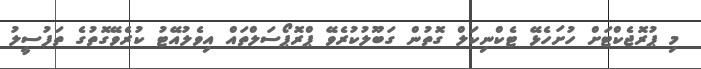
މި ޕުރޮޖެކްޓަށް ހުށަހެޅޭ ޓެކްނިކަލް ގޮތުން ގަބޫލުކުރެވޭ ޕްރޮޕޯސަލްތައް އިވެލުއޭޓު ކުރެވޭގޮތުގެ ތަފުސީލު